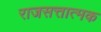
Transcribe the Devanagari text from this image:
राजसत्तात्मक